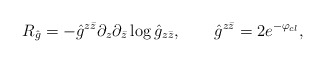
\begin{align*}R_{\hat g}=-{\hat g}^{z\bar z}\partial_z\partial_{\bar z}\log {\hat g}_{z\bar z},\qquad \hat g^{z\bar z}=2e^{-\varphi_{cl}},\end{align*}